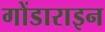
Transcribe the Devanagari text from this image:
गोंडाराइन